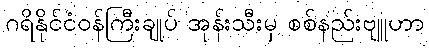
ဂရိနိုင်ငံဝန်ကြီးချုပ် အုန်းသီးမှ စစ်နည်းဗျူဟာ